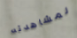
لمشاهدته